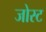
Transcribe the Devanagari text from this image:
जोस्ट